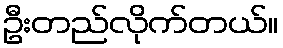
ဦးတည်လိုက်တယ်။